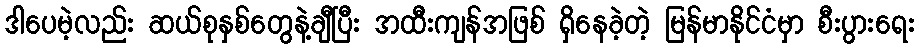
ဒါပေမဲ့လည်း ဆယ်စုနှစ်တွေနဲ့ချီပြီး အထီးကျန်အဖြစ် ရှိနေခဲ့တဲ့ မြန်မာနိုင်ငံမှာ စီးပွားရေး